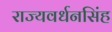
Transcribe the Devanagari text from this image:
राज्यवर्धनसिंह